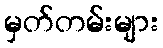
မှတ်တမ်းများ